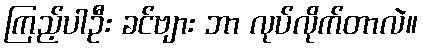
ကြည့်ပါဦး ခင်ဗျား ဘာ လုပ်လိုက်တာလဲ။